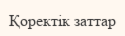
Қоректік заттар